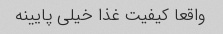
واقعا کیفیت غذا خیلی پایینه